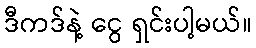
ဒီကဒ်နဲ့ ငွေ ရှင်းပါ့မယ်။